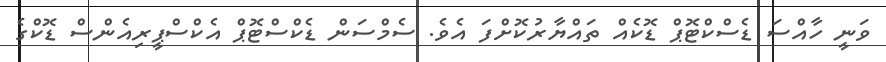
ވަނީ ހާއްސަ ޑެސްކްޓޮޕް ޑޮކެއް ތައްޔާރުކޮށްފަ އެވެ. ސެމްސަން ޑެކްސްޓޮޕް އެކްސްޕީރިއެންސް ޑޮކްގެ